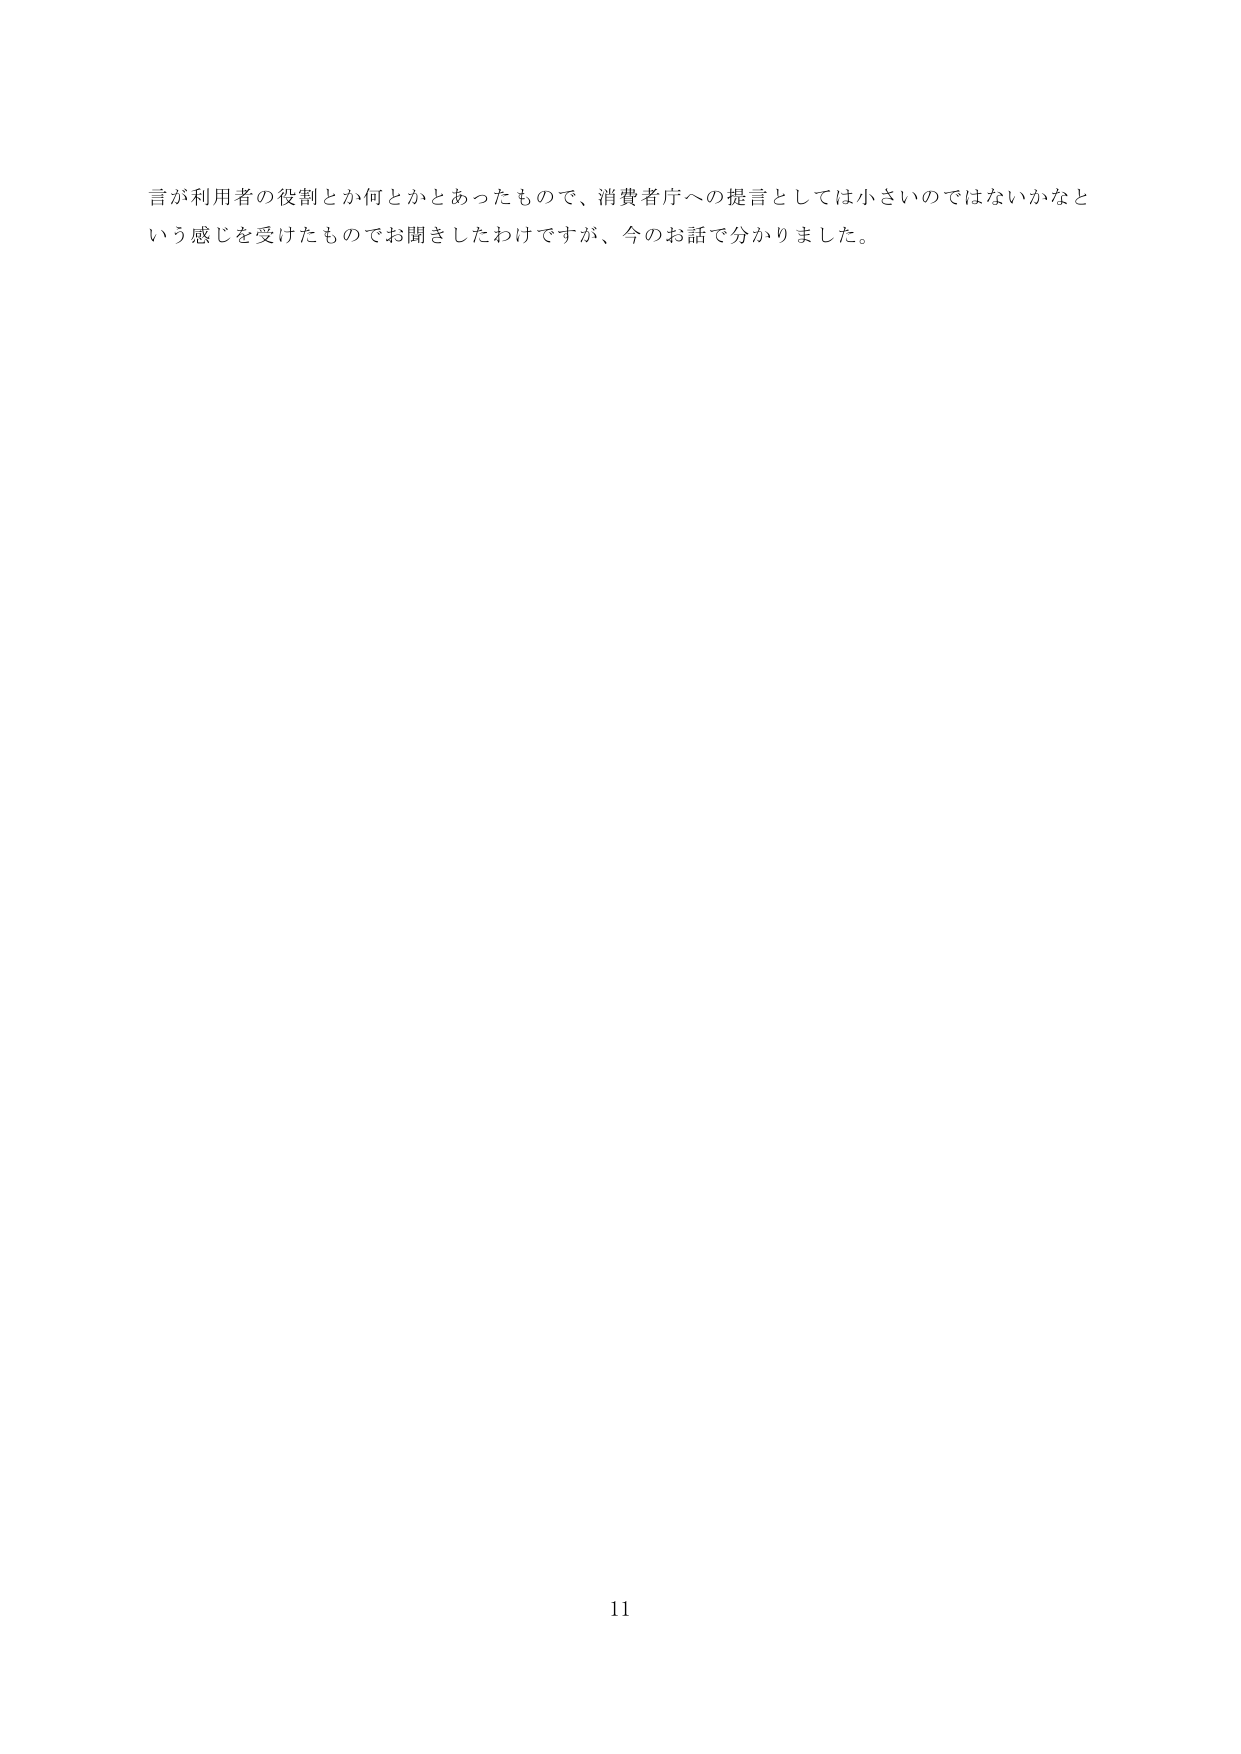
言が利用者の役割とか何とかとあったもので、消費者庁への提言としては小さいのではないかなという感じを受けたものでお聞きしたわけですが、今のお話で分かりました。

11